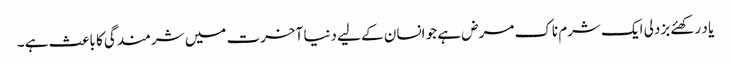
یا د رکھئے بزدلی ایک شرم ناک مرض ہے جو انسان کے لیے دنیا آخرت میں شرمندگی کا باعث ہے ۔